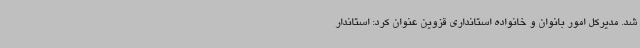
شد. مدیرکل امور بانوان و خانواده استانداری قزوین عنوان کرد: استاندار